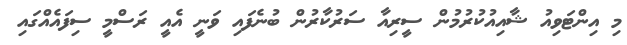
މި އިންޓަވިއު ޝާއިއުކުރުމުން ސީރިއާ ސަރުކާރުން ބުނެފައި ވަނީ އެއީ ރަސްމީ ސިފައެއްގައި